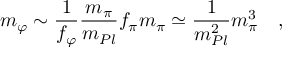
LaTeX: m _ { \varphi } \sim \frac 1 { f _ { \varphi } } \frac { m _ { \pi } } { m _ { P l } } f _ { \pi } m _ { \pi } \simeq \frac 1 { m _ { P l } ^ { 2 } } m _ { \pi } ^ { 3 } \quad ,